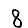
Digit: 8